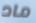
ماد